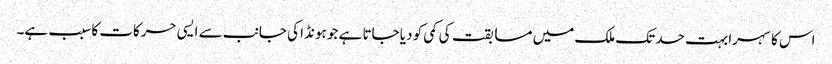
اس کا سہرا بہت حد تک ملک میں مسابقت کی کمی کو دیا جاتا ہے جو ہونڈا کی جانب سے ایسی حرکات کا سبب ہے۔